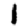
Digit: 1